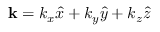
\mathbf { k } = k _ { x } \hat { x } + k _ { y } \hat { y } + k _ { z } \hat { z }